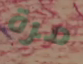
مرة